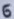
Text: 6